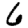
Digit: 6